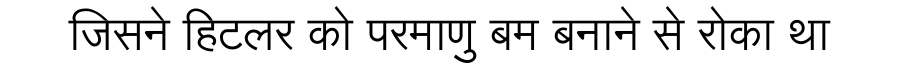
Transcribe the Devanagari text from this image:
जिसने हिटलर को परमाणु बम बनाने से रोका था